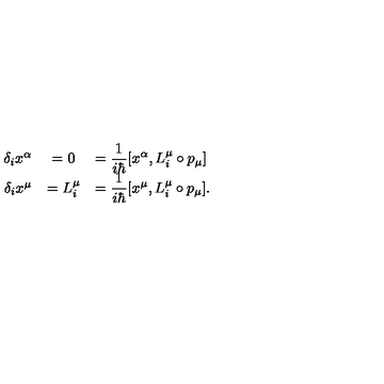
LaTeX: \begin{array} { r c l } { \delta _ { i } x ^ { \alpha } } & { = 0 } & { = \displaystyle \frac { 1 } { i \hbar } [ x ^ { \alpha } , L _ { i } ^ { \mu } \circ p _ { \mu } ] } \\ { \delta _ { i } x ^ { \mu } } & { = L _ { i } ^ { \mu } } & { = \displaystyle \frac { 1 } { i \hbar } [ x ^ { \mu } , L _ { i } ^ { \mu } \circ p _ { \mu } ] . } \\ \end{array}